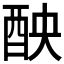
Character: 𨠗